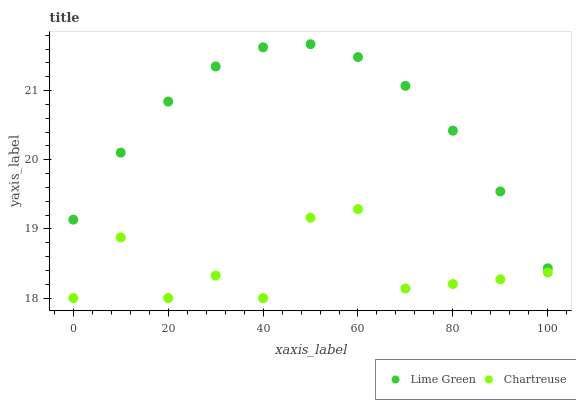
| xaxis_label | Lime Green | Chartreuse |
 | --- | --- | --- |
 | 0 | 19.1 | 18 |
 | 10 | 20.1 | 18.9 |
 | 20 | 20.8 | 18 |
 | 30 | 21.3 | 18.3 |
 | 40 | 21.6 | 18 |
 | 50 | 21.7 | 19.2 |
 | 60 | 21.5 | 19.3 |
 | 70 | 21.1 | 18.1 |
 | 80 | 20.4 | 18.2 |
 | 90 | 19.5 | 18.3 |
 | 100 | 18.4 | 18.4 |